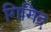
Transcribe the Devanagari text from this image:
गिगिद